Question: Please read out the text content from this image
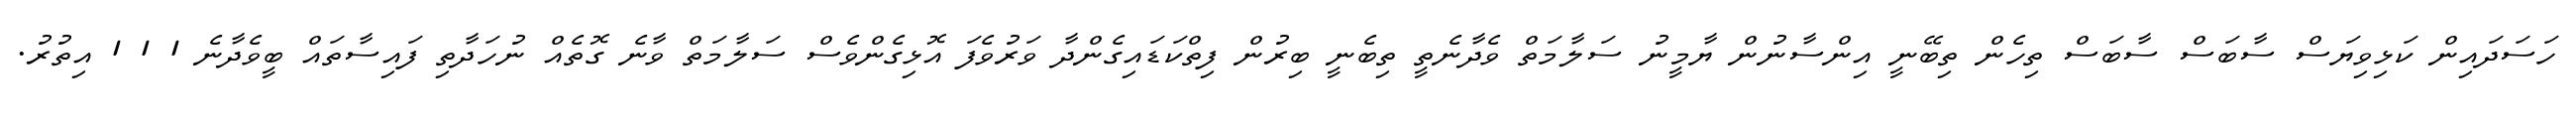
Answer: ހަސަދައިން ކަޅިވިޔަސް ސާބަސް ސާބަސް ތިހެން ތިބޭނީ އިންސާނުން ޔާމީނު ސަލާމަތް ވެދާނެތީ ތިބެނީ ބިރުން ފިތްކަޑައިގެންދާ ވަރުވެފަ އޮޅިގެންވެސް ސަލާމަތް ވާނެ ގޮތެއް ނުހަދާތި ފައިސާތައް ބީވެދާނެ 1 1 1 އިތުރު.